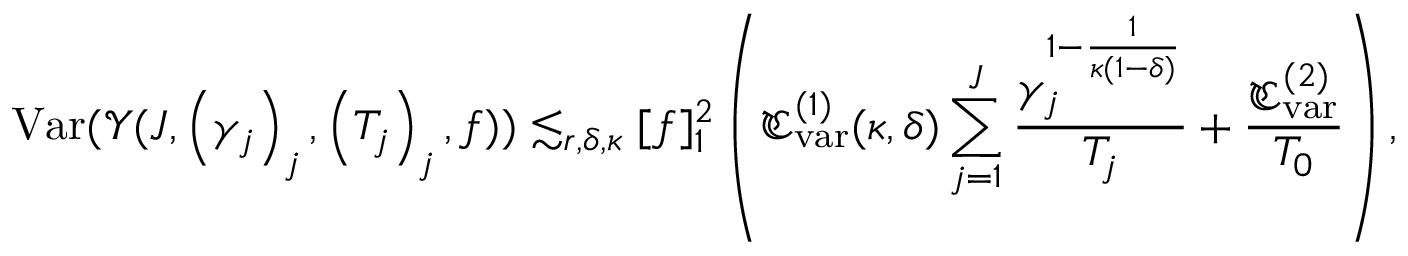
\mathrm { V a r } ( \mathcal { Y } ( J , \left( \gamma _ { j } \right) _ { j } , \left( T _ { j } \right) _ { j } , f ) ) \lesssim _ { r , \delta , \kappa } [ f ] _ { 1 } ^ { 2 } \left( \mathfrak { C _ { \mathrm { v a r } } ^ { ( 1 ) } } ( \kappa , \delta ) \sum _ { j = 1 } ^ { J } \frac { \gamma _ { j } ^ { 1 - \frac { 1 } { \kappa ( 1 - \delta ) } } } { T _ { j } } + \frac { \mathfrak { C _ { \mathrm { v a r } } ^ { ( 2 ) } } } { T _ { 0 } } \right) ,